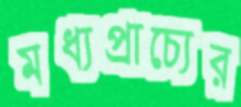
মধ্যপ্রাচ্যের